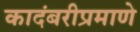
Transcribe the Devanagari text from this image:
कादंबरीप्रमाणे